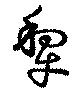
犂